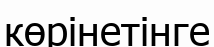
көрінетінге